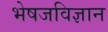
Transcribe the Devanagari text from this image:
भेषजविज्ञान